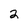
Character: 2